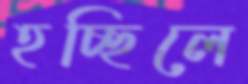
হচ্ছিলে